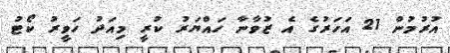
އުރުމުން 21 އަހަރުގެ އެ ޒުވާނާ ހައްޔަރު ކުރީ މިއަދު ހަވީރު ކޯޓު